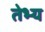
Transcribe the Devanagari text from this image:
तेभ्य